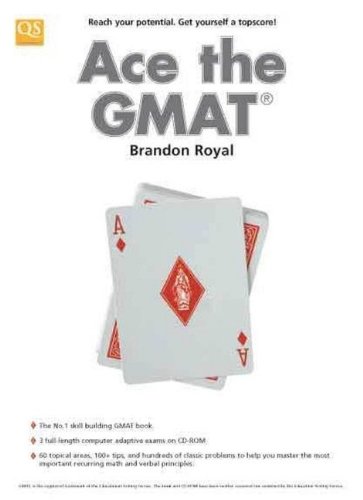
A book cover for Ace the GMAT; Brandon Royal; Education & Teaching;